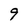
Character: 9